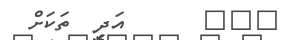
١٠٧      އަދި  ތަކަށް